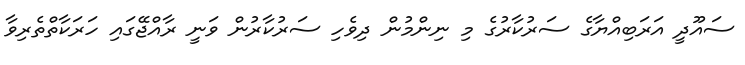
ސައޫދީ އަރަބިއްޔާގެ ސަރުކާރުގެ މި ނިންމުން ދިވެހި ސަރުކާރުން ވަނީ ރާއްޖޭގައި ހަރަކާތްތެރިވާ